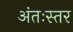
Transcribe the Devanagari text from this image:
अंतःस्तर